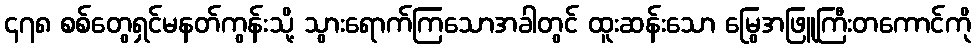
၄၇၈ စစ်တွေရှင်မနတ်ကွန်းသို့ သွားရောက်ကြသောအခါတွင် ထူးဆန်းသော မြွေအဖြူကြီးတကောင်ကို